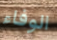
الوفاء